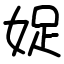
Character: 娖